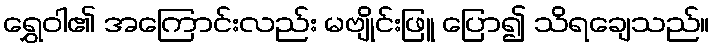
ရွှေဝါ၏ အကြောင်းလည်း မဗျိုင်းဖြူ ပြော၍ သိရချေသည်။